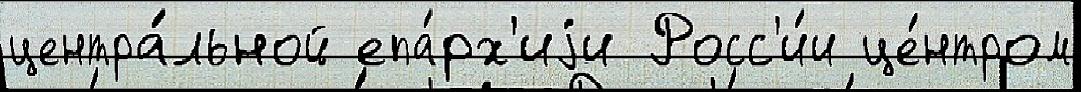
центра́льной епа́рх'иjи Росс'и́и це́нтром